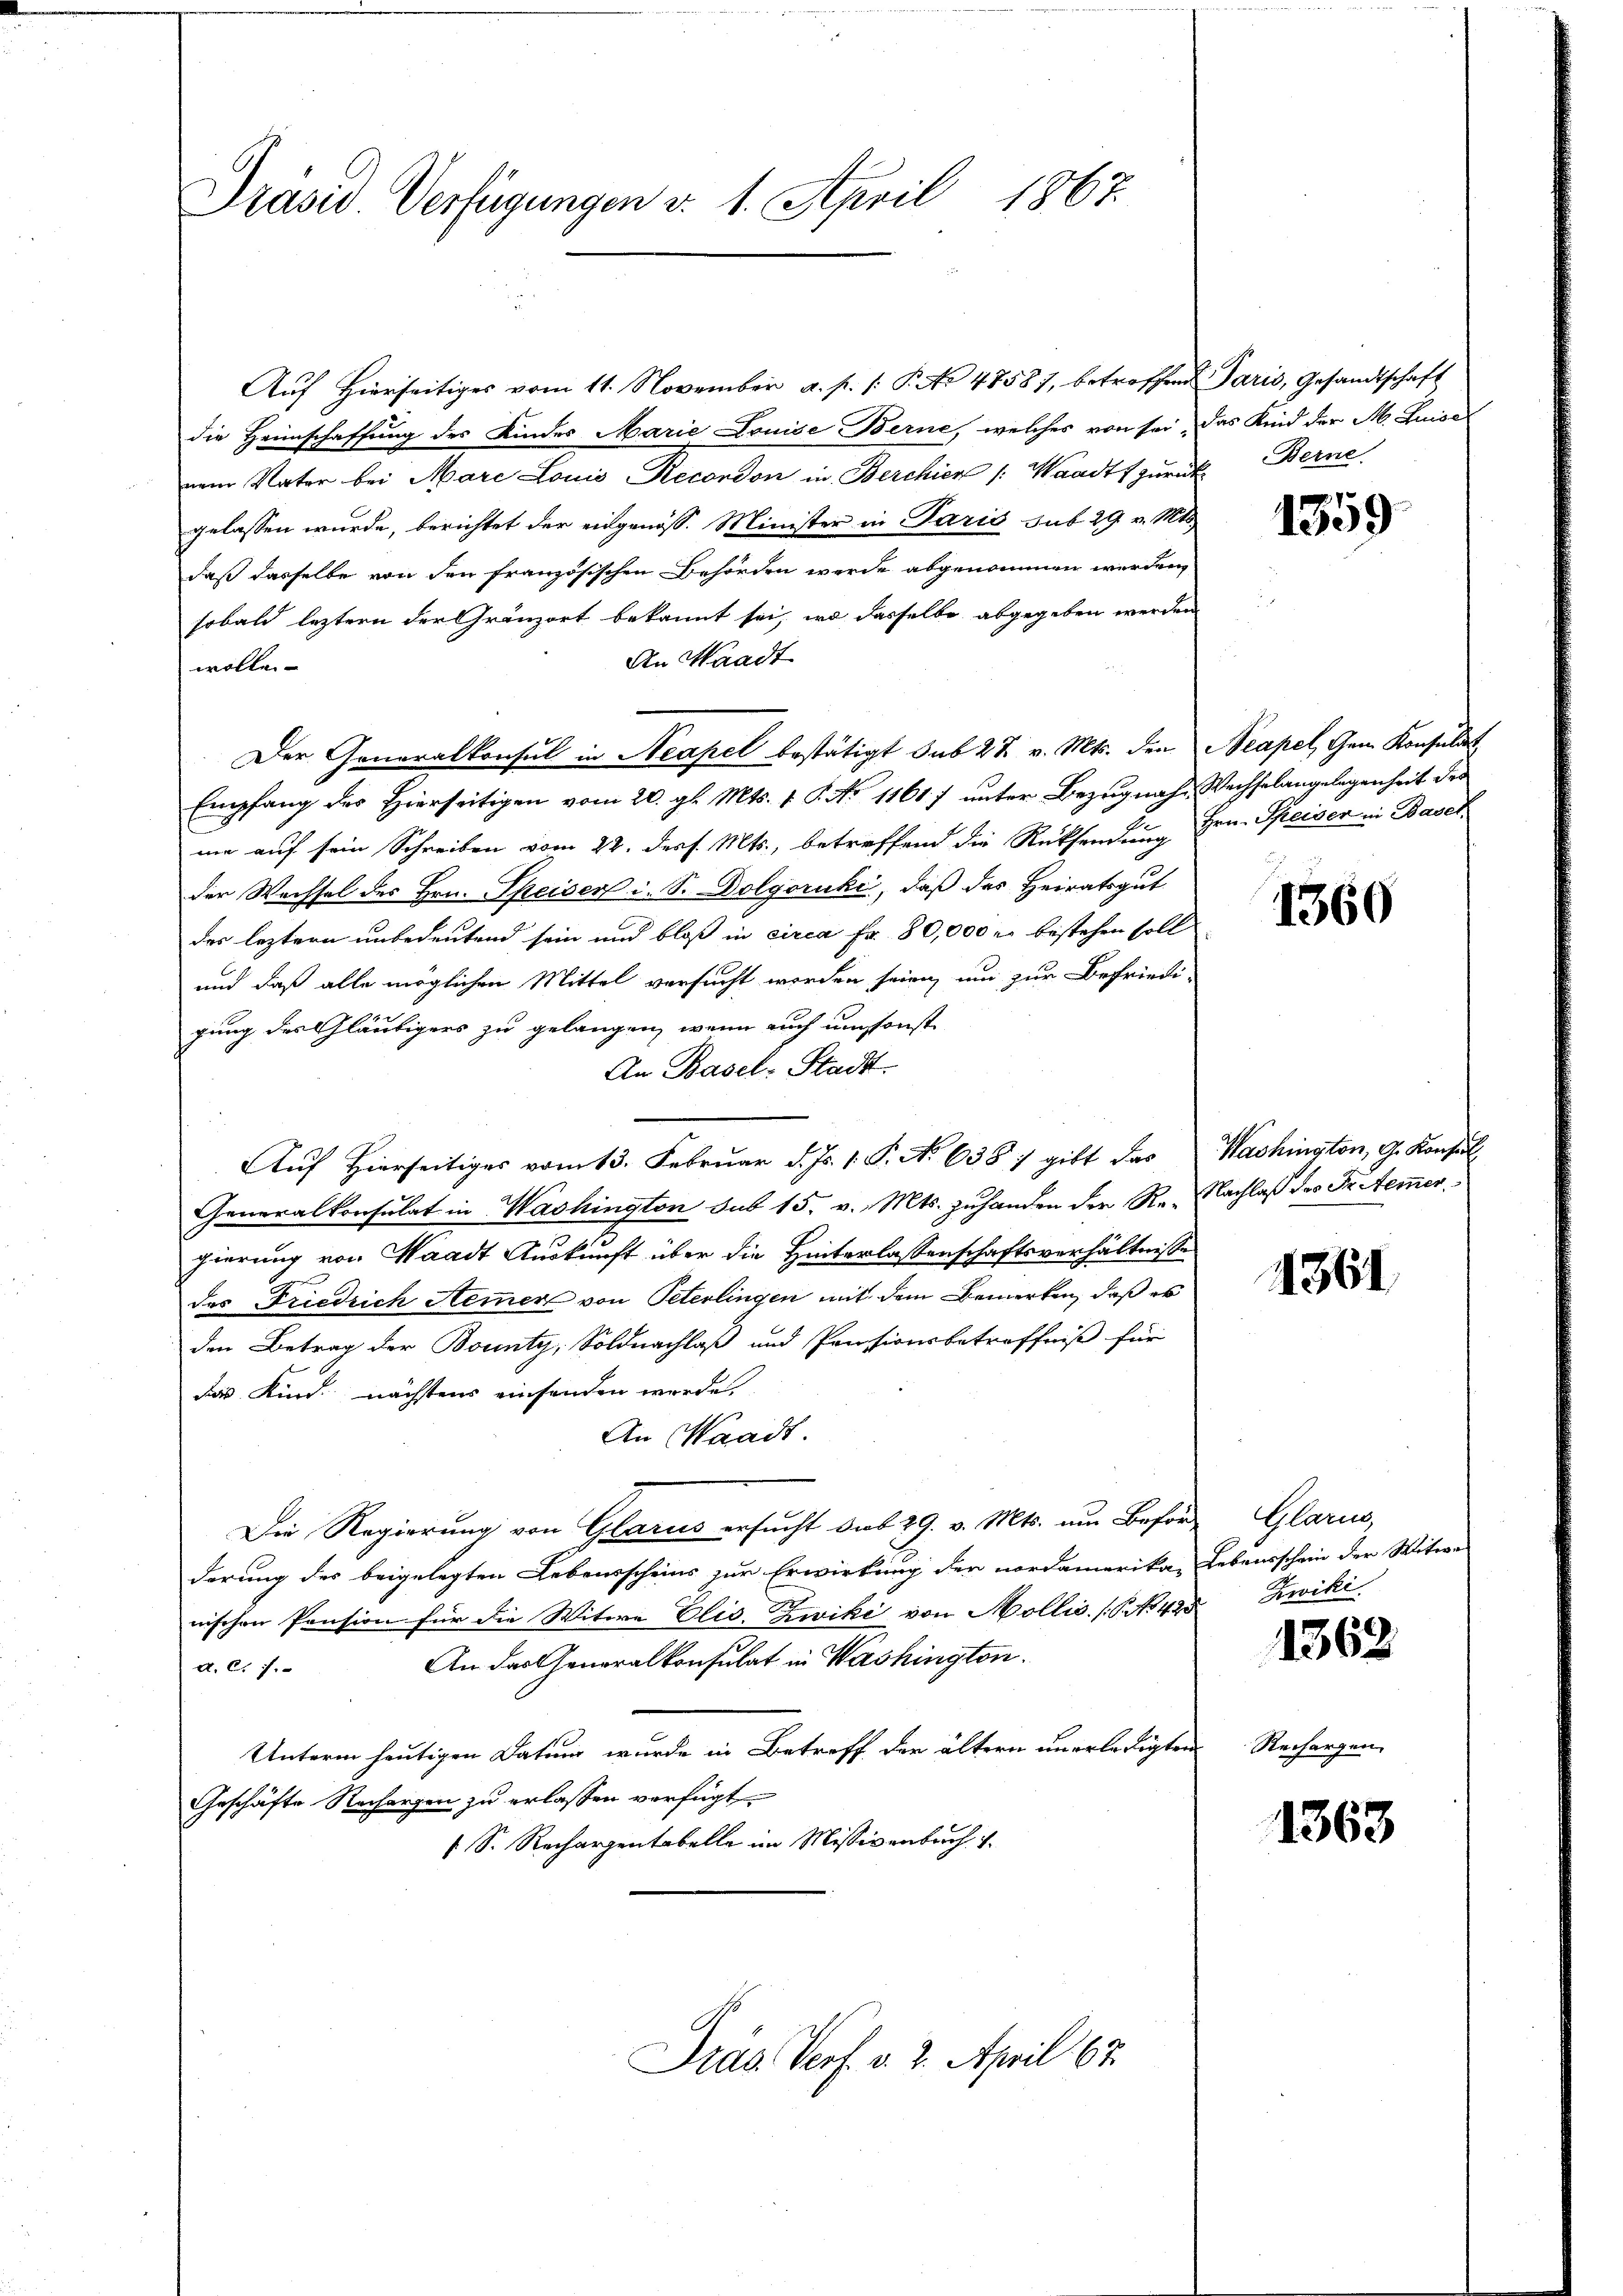
Präsid. Verfügungen v. 1. April 1867.

Aŭf Hierseitiges vom 11. November a. p. /: P. No 47587, betroffend Paris, Gesandtschaft
die Heimschaffung des Kindes Marie Louise Berne, welches von sei, das Kind der M. Luises
nem Vater bei Mare Louis Recordon in Berchier /: Waadt zurück Berne
gelassen wurde, berichtet der eidgenöss. Minister in Paris sub 29 v. Mts.
daß dasselbe von den französischen Behörden werde abgenommen werden,
sobald leztern der Gränzort bekannt sei, wo dasselbe abgegeben werden,
An Waadt
wollen
Der Generalkonsul in Neapel bestätigt sub 27. v. Mts. den Neapel, Gem. Konsulat
Empfang des Hierseitigen vom 20. gl. Mts. v. P. No 11617 unter Bezugnahe Wechselangelegenheit des
me auf sein Schreiben vom 22. dess. Mts., betreffend die Rücksendung Hrn. Speiser in Basel
der Wechsel des Hrn. Speiser i. S. Dolgoruki, daß des Heiratsgut
des leztern unbedeutend sein und bloß in circa Fr. 80,000 r. bestehen soll
und daß alle möglichen Mittel versucht worden seien, um zur Befriedi-
gung des Gläubigers zu gelangen, wenn auch umsonst
An Basel-Stadt.
Auf Hierseitiges vom 13. Februar d. Js. 1. P. No 6387 gibt das Washington, G. Konsul
Generalkonsulat in Washington sub 15. v. Mts. zuhanden der Re- Nachlaß des Fr. Aem̅ergierung von Waadt Auskunft über die Hinterlassenschaftsverhältnisse
des Friedrich Hemmer von Peterlingen mit dem Bemerken, daß es
den Betrag der Bounty, Soldnachlaß und Pensionsbetreffniß für
das Kind nächstens einsenden werde.
An Waadt.
Die Regierung von Glarus ersucht sub 29. v. Mts. um Beförd
derung des beigelegten Lebensscheins zur Erwirkung der nordamerika, Lebensschein der Witwe
nischen Pension für die Witwe Elis. Zwicki von Mollis. [No 425
An das Generalkonsulat in Washington.
A. C. c.
Unterm heutigen Datum wurde in Betreff der ältern unerledigten
Geschäfte Rechargen zu erlassen verfügt
[S. Rechargentabelle im Missivenbuch 1.

Prás Verf. v. 2. April 67.

1359

1360

1361

Glarus
Zwiki

1362

Rechargen.

1363